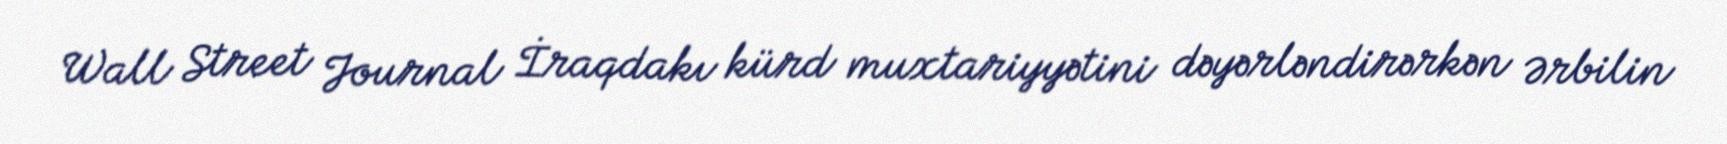
Wall Street Journal İraqdakı kürd muxtariyyətini dəyərləndirərkən Ərbilin